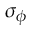
\sigma _ { \phi }